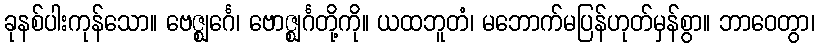
ခုနစ်ပါးကုန်သော။ ဗေဇ္ဈင်္ဂေ၊ ဗောဇ္ဈင်္ဂတို့ကို။ ယထဘူတံ၊ မဘောက်မပြန်ဟုတ်မှန်စွာ။ ဘာဝေတွာ၊